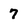
Character: 7